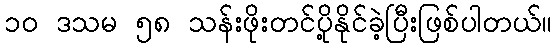
၁၀ ဒသမ ၅၈ သန်းဖိုးတင်ပို့နိုင်ခဲ့ပြီးဖြစ်ပါတယ်။